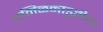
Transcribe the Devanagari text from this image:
तमिळनाडुतील